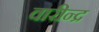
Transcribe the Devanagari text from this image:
वारीन्द्र